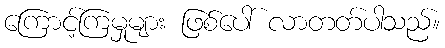
ကြောင့်ကြမှုများ ဖြစ်ပေါ် လာတတ်ပါသည်။